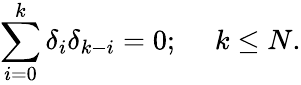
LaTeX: \sum_{i=0}^{k}\delta_{i}\delta_{k-i}=0;\ \ \ \ \ k\leq N.